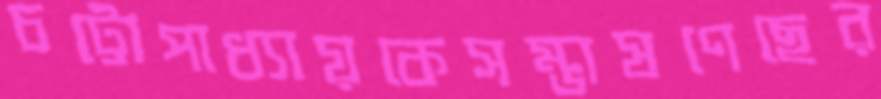
চট্টোপাধ্যায়কেসম্ভাষণেছের